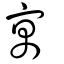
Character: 寓